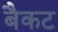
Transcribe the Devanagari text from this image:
बैकट